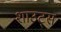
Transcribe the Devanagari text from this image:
शाउट्स